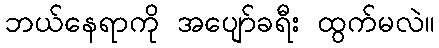
ဘယ်နေရာကို အပျော်ခရီး ထွက်မလဲ။